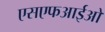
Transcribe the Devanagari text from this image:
एसएफआईओ